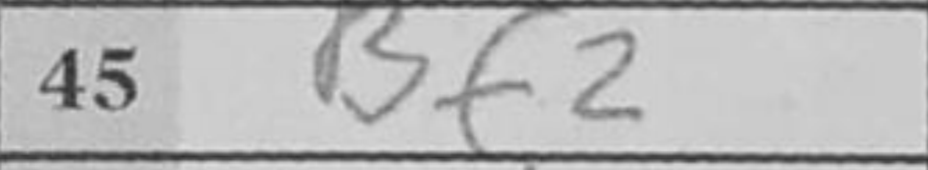
Transcription: Bf2